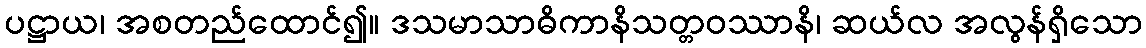
ပဋ္ဌာယ၊ အစတည်ထောင်၍။ ဒသမာသာဓိကာနိသတ္တဝဿာနိ၊ ဆယ်လ အလွန်ရှိသော